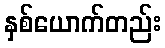
နှစ်ယောက်တည်း